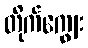
တိုက်ကျွေး